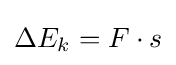
\Delta E_{k}=F\cdot s